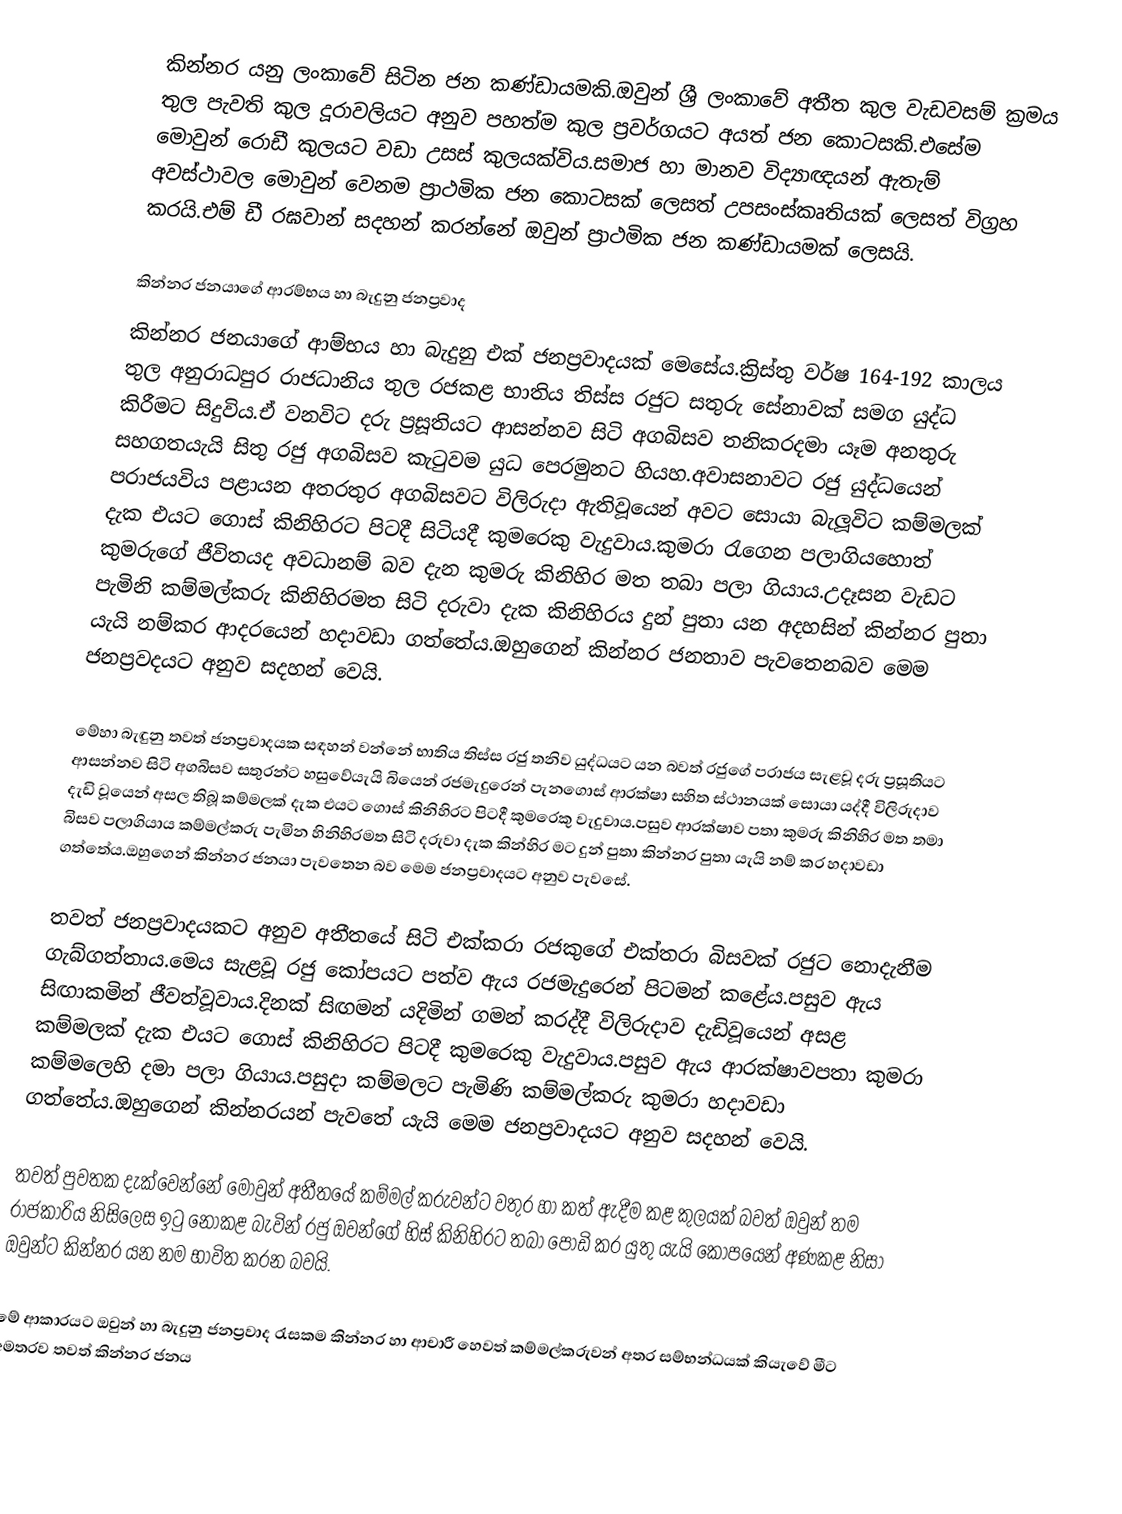
කින්නර යනු ලංකාවේ සිටින ජන කණ්ඩායමකි.ඔවුන් ශ්‍රී ලංකාවේ අතීත කුල වැඩවසම් ක්‍රමය තුල පැවති කුල දූරාවලියට අනුව පහත්ම කුල ප්‍රවර්ගයට අයත් ජන කොටසකි.එසේම මොවුන් රොඩී කුලයට වඩා උසස් කුලයක්විය.සමාජ හා මානව විද්‍යාඥයන් ඇතැම් අවස්ථාවල මොවුන් වෙනම ප්‍රාථමික ජන කොටසක් ලෙසත් උපසංස්කෘතියක් ලෙසත් විග්‍රහ කරයි.එම් ඩී රඝවාන් සදහන් කරන්නේ ඔවුන් ප්‍රාථමික ජන කණ්ඩායමක් ලෙසයි.

කින්නර ජනයාගේ ආරම්භය හා බැදුනු ජනප්‍රවාද
කින්නර ජනයාගේ ආම්භය හා බැදුනු එක් ජනප්‍රවාදයක් මෙසේය.ක්‍රිස්තු වර්ෂ 164-192 කාලය තුල අනුරාධපුර රාජධානිය තුල රජකළ භාතිය තිස්ස රජුට සතුරු සේනාවක් සමග යුද්ධ කිරීමට සිදුවිය.ඒ වනවිට දරු ප්‍රසූතියට ආසන්නව සිටි අගබිසව තනිකරදමා යෑම අනතුරු සහගතයැයි සිතු රජු අගබිසව කැටුවම යුධ පෙරමුනට හියහ.අවාසනාවට රජු යුද්ධයෙන් පරාජයවිය පළායන අතරතුර අගබිසවට විලිරුදා ඇතිවූයෙන් අවට සොයා බැලූවිට කම්මලක් දැක එයට ගොස් කිනිහිරට පිටදී සිටියදී කුමරෙකු වැදුවාය.කුමරා රැගෙන පලාගියහොත් කුමරුගේ ජීවිතයද අවධානම් බව දැන කුමරු කිනිහිර මත තබා පලා ගියාය.උදෑසන වැඩට පැමිනි කම්මල්කරු කිනිහිරමත සිටි දරුවා දැක කිනිහිරය දුන් පුතා යන අදහසින් කින්නර පුතා යැයි නම්කර ආදරයෙන් හදාවඩා ගත්තේය.ඔහුගෙන් කින්නර ජනතාව පැවතෙනබව මෙම ජනප්‍රවදයට අනුව සදහන් වෙයි.

මේහා බැඳුනු තවත් ජනප්‍රවාදයක සඳහන් වන්නේ භාතිය තිස්ස රජු තනිව යුද්ධයට යන බවත්  රජුගේ පරාජය සැළවූ දරු ප්‍රසූතියට ආසන්නව සිටි අගබිසව සතුරන්ට හසුවේයැයි බියෙන් රජමැදුරෙන් පැනගොස් ආරක්ෂා සහිත ස්ථානයක් සොයා යද්දී විලිරුදාව දැඩි වූයෙන් අසල තිබූ කම්මලක් දැක එයට ගොස් කිනිහිරට පිටදී කුමරෙකු වැදුවාය.පසුව ආරක්ෂාව පතා කුමරු කිනිහිර මත තමා බිසව පලාගියාය කම්මල්කරු පැමින හිනිහිරමත සිටි දරුවා දැක කින්හිර මට දුන් පුතා කින්නර පුතා යැයි නම් කර හදාවඩා ගත්තේය.ඔහුගෙන් කින්නර ජනයා පැවතෙන බව මෙම ජනප්‍රවාදයට අනුව පැවසේ.

තවත් ජනප්‍රවාදයකට අනුව අතීතයේ සිටි එක්කරා රජකුගේ එක්තරා බිසවක් රජුට නොදැනීම ගැබ්ගත්තාය.මෙය සැළවූ රජු කෝපයට පත්ව ඇය රජමැදුරෙන් පිටමන් කළේය.පසුව ඇය සිඟාකමින් ජීවත්වූවාය.දිනක් සිඟමන් යදිමින් ගමන් කරද්දී විලිරුදාව දැඩිවූයෙන් අසළ කම්මලක් දැක එයට ගොස් කිනිහිරට පිටදී කුමරෙකු වැදුවාය.පසුව ඇය ආරක්ෂාවපතා කුමරා කම්මලෙහි දමා පලා ගියාය.පසුදා කම්මලට පැමිණි කම්මල්කරු කුමරා හදාවඩා ගත්තේය.ඔහුගෙන් කින්නරයන් පැවතේ යැයි මෙම ජනප්‍රවාදයට අනුව සදහන් වෙයි.

තවත් පුවතක දැක්වෙන්නේ මොවුන් අතීතයේ කම්මල් කරුවන්ට වතුර හා කත් ඇදීම කළ කුලයක් බවත් ඔවුන් තම රාජකාරිය නිසිලෙස ඉටු නොකළ බැවින් රජු ඔවන්ගේ හිස් කිනිහිරට තබා පොඩි කර යුතු යැයි කෝපයෙන් අණකළ නිසා ඔවුන්ට කින්නර යන නම භාවිත කරන බවයි.

මේ ආකාරයට ඔවුන් හා බැදුනු ජනප්‍රවාද රැසකම කින්නර හා ආචාරී හෙවත් කම්මල්කරුවන් අතර සම්භන්ධයක් කියැවේ මීට අමතරව තවත් කින්නර ජනය